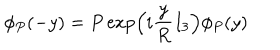
\phi _ { P } ( - y ) = P \exp \left( i \frac { y } { R } I _ { 3 } \right) \phi _ { P } ( y )